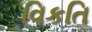
વિકતિ